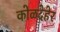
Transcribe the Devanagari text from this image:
कोळदेहेर